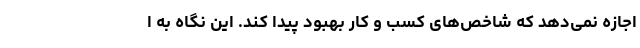
اجازه نمی‌دهد که شاخص‌های کسب و کار بهبود پیدا کند. این نگاه به ا